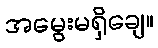
အမွေးမရှိချေ။